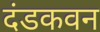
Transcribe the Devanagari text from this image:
दंडकवन